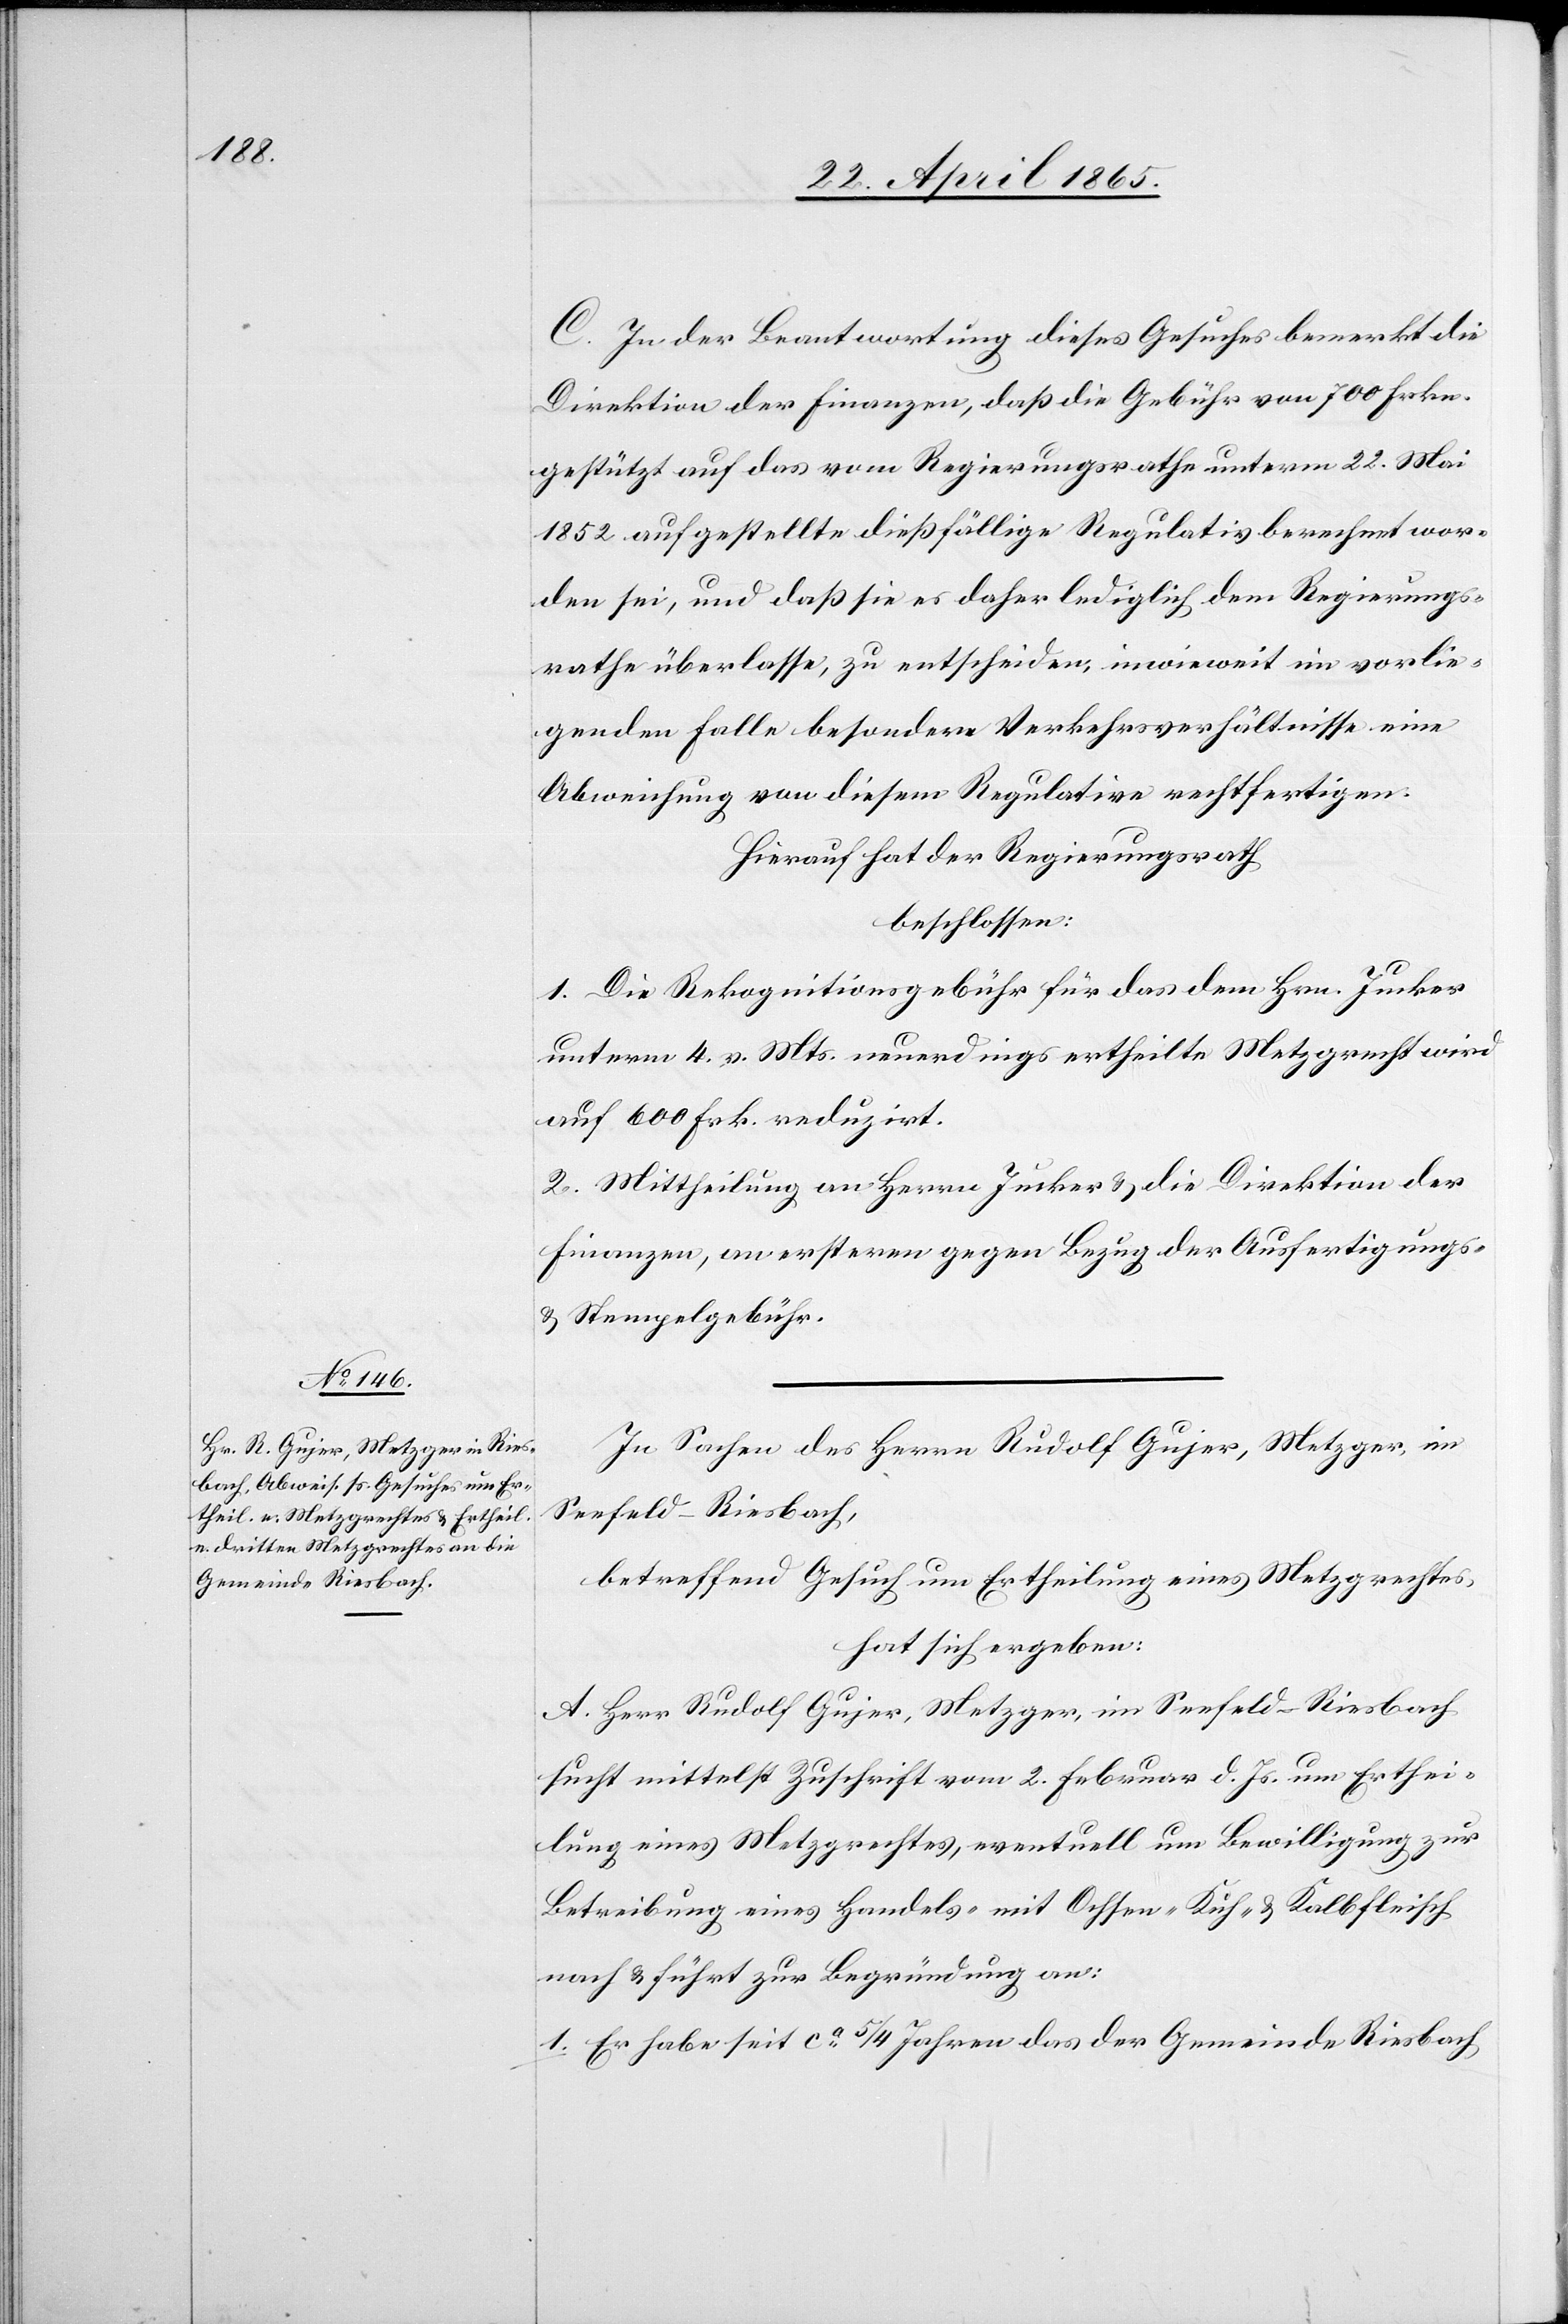
C. In der Beantwortung dieses Gesuches bemerkt die
Direktion der Finanzen, daß die Gebühr von 700 Frkn.
gestützt auf das vom Regierungsrathe unterm 22. Mai
1852 aufgestellte dießfällige Regulativ berechnet wor¬
den sei, und daß sie es daher lediglich dem Regierungs¬
rathe überlasse, zu entscheiden, in wieweit im vorlie¬
genden Falle besondere Verkehrsverhältnisse eine
Abweichung von diesem Regulative rechtfertigen.
Hierauf hat der Regierungsrath
beschlossen:
1. Die Rekognitionsgebühr für das dem Hrn. Jucker
unterm 4. v. Mts. neuerdings ertheilte Metzgrecht wird
auf 600 Frk. reduzirt.
2. Mittheilung an Herrn Jucker & die Direktion der
Finanzen, an ersteren gegen Bezug der Ausfertigungs-
& Stempelgebühr.
In Sachen des Herrn Rudolf Gujer, Metzger, im
Seefeld-Riesbach,
betreffend Gesuch um Ertheilung eines Metzgrechtes,
hat sich ergeben:
A. Herr Rudolf Gujer, Metzger, im Seefeld-Riesbach
sucht mittelst Zuschrift vom 2. Februar d. Js. um Erthei¬
lung eines Metzgrechtes, eventuell um Bewilligung zur
Betreibung eines Handels- mit Ochsen-[,] Kuh- & Kalbfleisch
nach & führt zur Begründung an:
1. Er habe seit ca 5/4 Jahren das der Gemeinde Riesbach